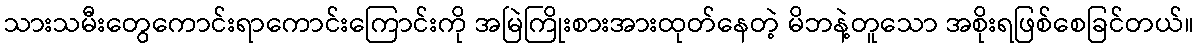
သားသမီးတွေကောင်းရာကောင်းကြောင်းကို အမြဲကြိုးစားအားထုတ်နေတဲ့ မိဘနဲ့တူသော အစိုးရဖြစ်စေခြင်တယ်။